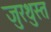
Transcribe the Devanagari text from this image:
जुरथुस्त